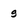
Character: g